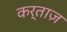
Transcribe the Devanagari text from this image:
कर्ताज़